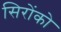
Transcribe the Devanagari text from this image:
सिरोंको